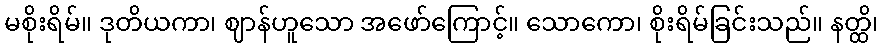
မစိုးရိမ်။ ဒုတိယကာ၊ ဈာန်ဟူသော အဖော်ကြောင့်။ သောကော၊ စိုးရိမ်ခြင်းသည်။ နတ္ထိ၊